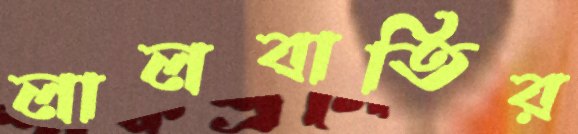
লালবাতির